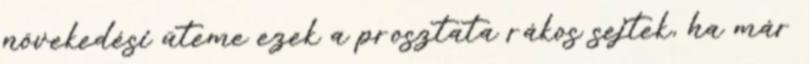
növekedési üteme ezek a prosztata rákos sejtek, ha már